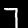
Digit: 7